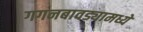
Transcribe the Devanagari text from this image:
गगनबावड्यामध्ये